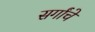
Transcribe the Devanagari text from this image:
सर्गांचे